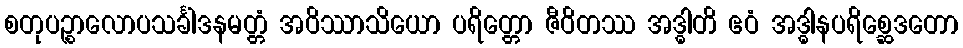
စတုပဉ္စာလောပသင်္ခါဒနမတ္တံ အဝိဿာသိယော ပရိတ္တော ဇီဝိတဿ အဒ္ဓါတိ ဧဝံ အဒ္ဓါနပရိစ္ဆေဒတော